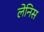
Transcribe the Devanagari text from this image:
लेनिस